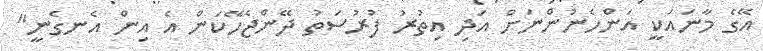
އޭގެ މާނައަކީ އަންހެނުންނަށް އަދި އިތުރު ފުރުސަތު ދޭންޖެހޭކަން އެ އިން އެނގެނީ"